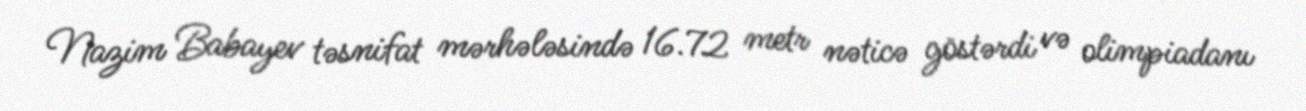
Nazim Babayev təsnifat mərhələsində 16.72 metr nəticə göstərdi və olimpiadanı